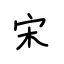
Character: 宋